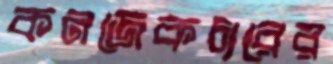
কনজেকচারের